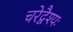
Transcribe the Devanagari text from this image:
चरेद्वैश्यः